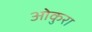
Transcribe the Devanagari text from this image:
ओकुरा